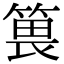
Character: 𥯜